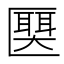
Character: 𫧛